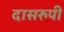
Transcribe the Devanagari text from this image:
दासरुपी